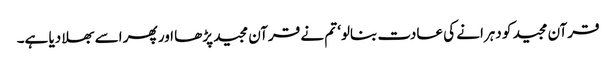
قرآن مجید کو دہرانے کی عادت بنالو‘ تم نے قرآن مجید پڑھا اور پھر اسے بھلا دیا ہے۔